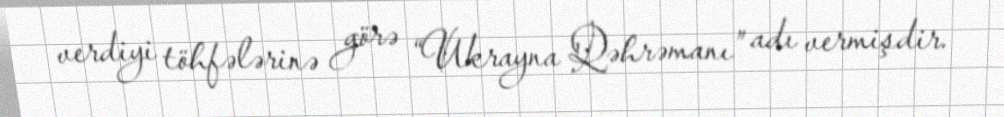
verdiyi töhfələrinə görə “Ukrayna Qəhrəmanı” adı vermişdir.